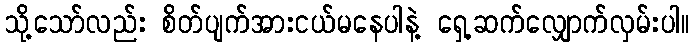
သို့သော်လည်း စိတ်ပျက်အားငယ်မနေပါနဲ့ ရှေ့ဆက်လျှောက်လှမ်းပါ။